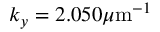
k _ { y } = 2 . 0 5 0 \mu \mathrm { m } ^ { - 1 }